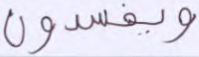
ويفسدون